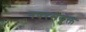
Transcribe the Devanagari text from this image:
नवरसयुक्त